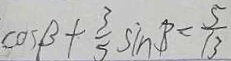
\cos \beta + \frac { 3 } { 5 } \sin \beta = \frac { 5 } { 1 3 }